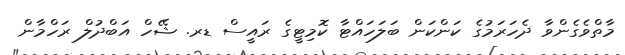
މާތްވެގެންވާ ދެހަރަމުގެ ކަންކަން ބަލަހައްޓާ ކޮމިޓީގެ ރައީސް ޑރ. ޝޭހް އަބްދުލް ރަހްމާން